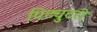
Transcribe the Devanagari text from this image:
पिट्युटरी